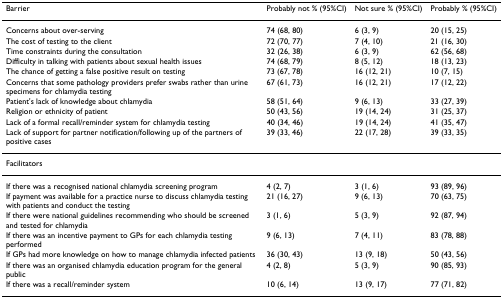
<table><thead><tr><td><b>Barrier</b></td><td><b>Probably not % (95%CI)</b></td><td><b>Not sure % (95%CI)</b></td><td><b>Probably % (95%CI)</b></td></tr></thead><tbody><tr><td>Concerns about over-serving</td><td>74 (68, 80)</td><td>6 (3, 9)</td><td>20 (15, 25)</td></tr><tr><td>The cost of testing to the client</td><td>72 (70, 77)</td><td>7 (4, 10)</td><td>21 (16, 30)</td></tr><tr><td>Time constraints during the consultation</td><td>32 (26, 38)</td><td>6 (3, 9)</td><td>62 (56, 68)</td></tr><tr><td>Difficulty in talking with patients about sexual health issues</td><td>74 (68, 79)</td><td>8 (5, 12)</td><td>18 (13, 23)</td></tr><tr><td>The chance of getting a false positive result on testing</td><td>73 (67, 78)</td><td>16 (12, 21)</td><td>10 (7, 15)</td></tr><tr><td>Concerns that some pathology providers prefer swabs rather than urine specimens for chlamydia testing</td><td>67 (61, 73)</td><td>16 (12, 21)</td><td>17 (12, 22)</td></tr><tr><td>Patient&#x27;s lack of knowledge about chlamydia</td><td>58 (51, 64)</td><td>9 (6, 13)</td><td>33 (27, 39)</td></tr><tr><td>Religion or ethnicity of patient</td><td>50 (43, 56)</td><td>19 (14, 24)</td><td>31 (25, 37)</td></tr><tr><td>Lack of a formal recall/reminder system for chlamydia testing</td><td>40 (34, 46)</td><td>19 (14, 24)</td><td>41 (35, 47)</td></tr><tr><td>Lack of support for partner notification/following up of the partners of positive cases</td><td>39 (33, 46)</td><td>22 (17, 28)</td><td>39 (33, 35)</td></tr><tr><td>Facilitators</td><td></td><td></td><td></td></tr><tr><td>If there was a recognised national chlamydia screening program</td><td>4 (2, 7)</td><td>3 (1, 6)</td><td>93 (89, 96)</td></tr><tr><td>If payment was available for a practice nurse to discuss chlamydia testing with patients and conduct the testing</td><td>21 (16, 27)</td><td>9 (6, 13)</td><td>70 (63, 75)</td></tr><tr><td>If there were national guidelines recommending who should be screened and tested for chlamydia</td><td>3 (1, 6)</td><td>5 (3, 9)</td><td>92 (87, 94)</td></tr><tr><td>If there was an incentive payment to GPs for each chlamydia testing performed</td><td>9 (6, 13)</td><td>7 (4, 11)</td><td>83 (78, 88)</td></tr><tr><td>If GPs had more knowledge on how to manage chlamydia infected patients</td><td>36 (30, 43)</td><td>13 (9, 18)</td><td>50 (43, 56)</td></tr><tr><td>If there was an organised chlamydia education program for the general public</td><td>4 (2, 8)</td><td>5 (3, 9)</td><td>90 (85, 93)</td></tr><tr><td>If there was a recall/reminder system</td><td>10 (6, 14)</td><td>13 (9, 17)</td><td>77 (71, 82)</td></tr></tbody></table>